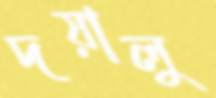
দয়ালু